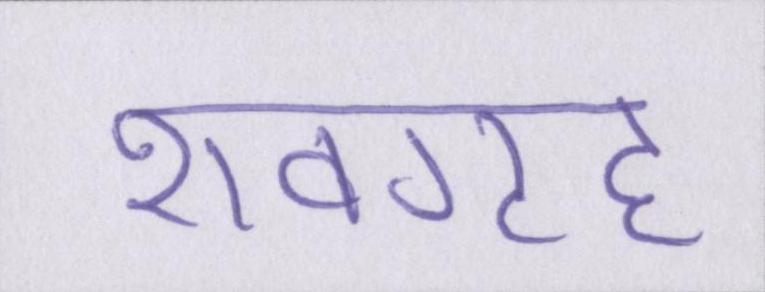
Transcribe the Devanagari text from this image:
शवगृह